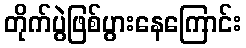
တိုက်ပွဲဖြစ်ပွားနေကြောင်း